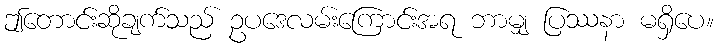
ဤတောင်းဆိုချက်သည် ဥပဒေလမ်းကြောင်းအရ ဘာမျှ ပြဿနာ မရှိပေ။